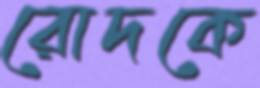
রোদকে